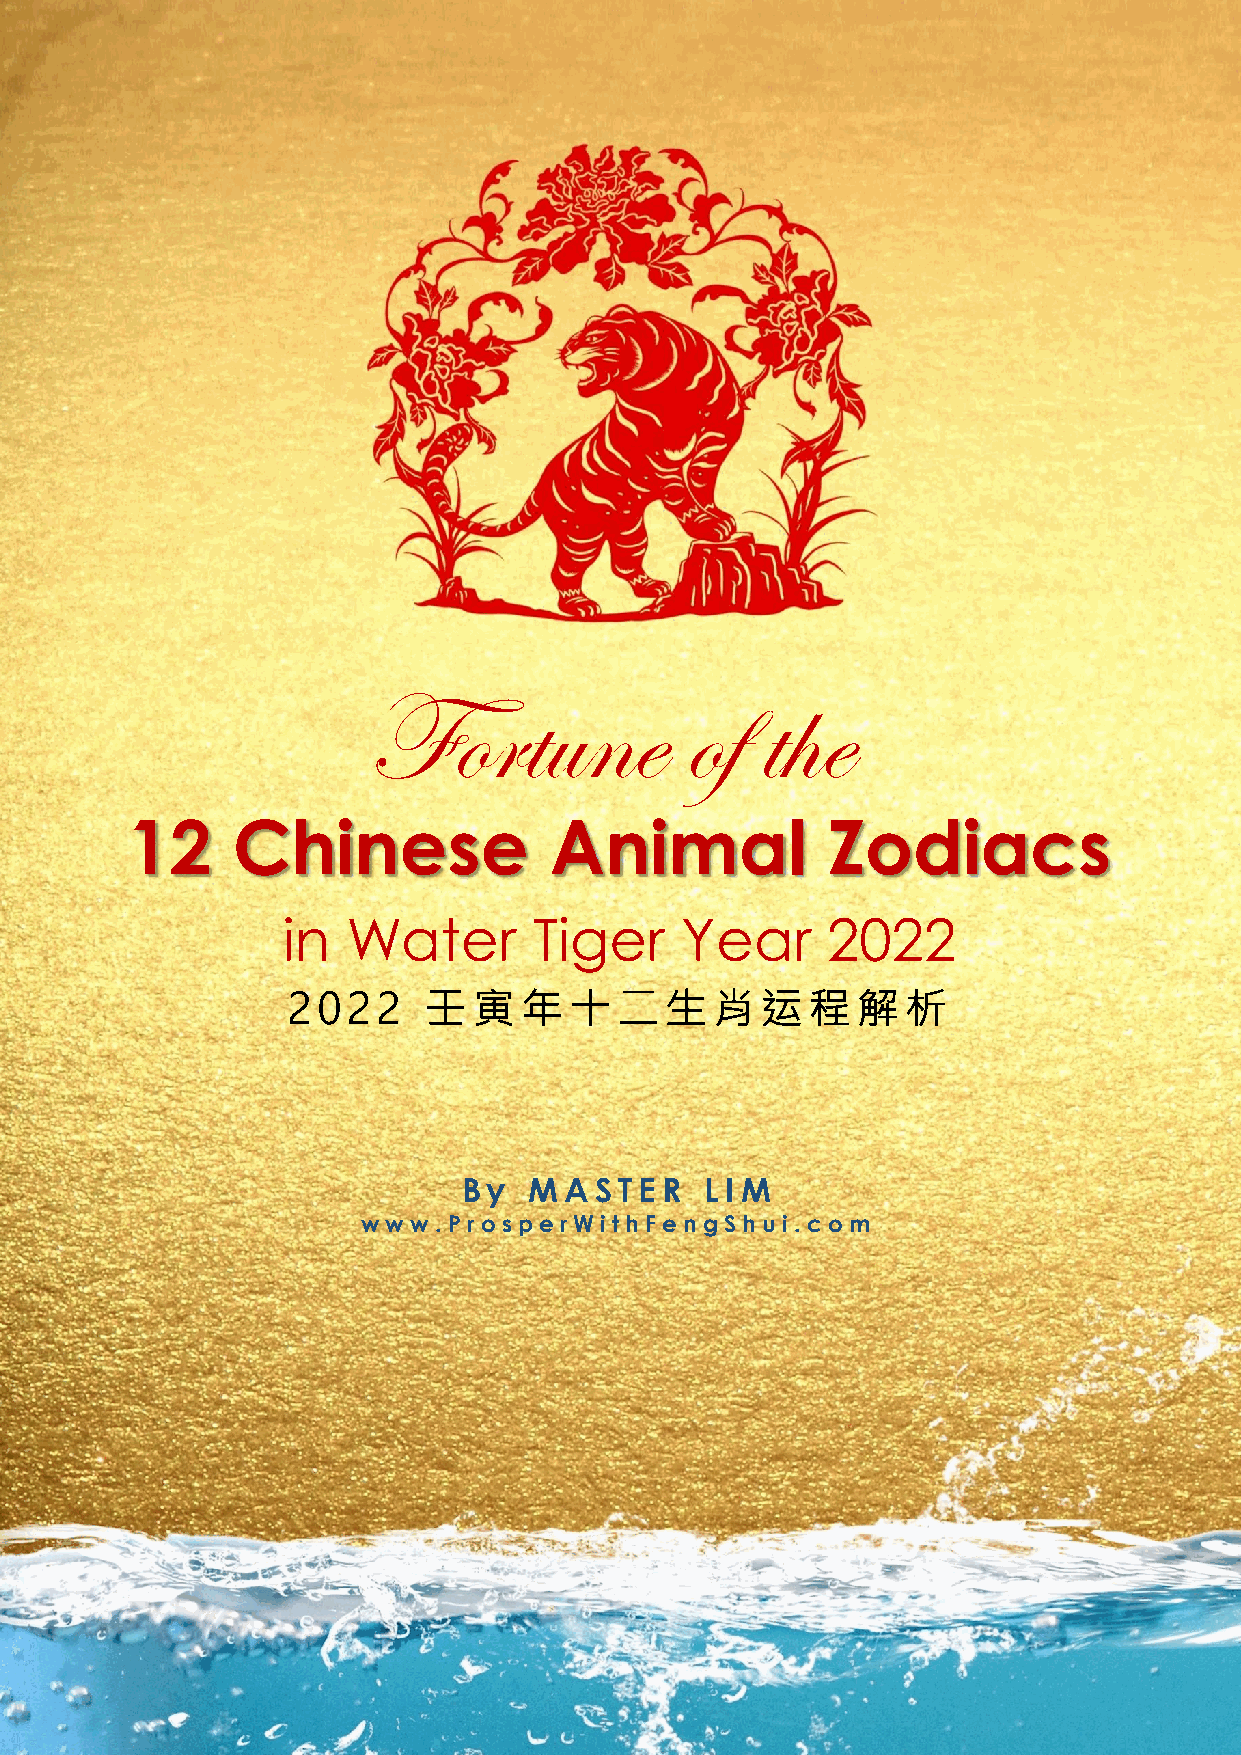
Fortune              of   the
 12     Chinese              Animal             Zodiacs
 in  Water       Tiger     Year      2022
 2 0 22   壬  寅  年十二生肖运程解析
 By  M AST  ER   L IM
 w w w . Prosp e rWithFeng S hui. c om